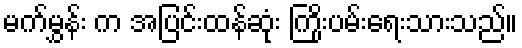
မက်မွှန်း က အပြင်းထန်ဆုံး ကြိုးပမ်းရေးသားသည်။